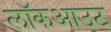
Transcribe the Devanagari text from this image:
लॉकआउट